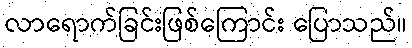
လာရောက်ခြင်းဖြစ်ကြောင်း ပြောသည်။